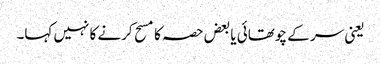
یعنی سر کے چوتھائی یا بعض حصہ کا مسح کرنے کا نہیں کہا۔